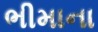
ભીમાના